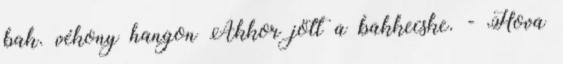
bak. vékony hangon Akkor jött a bakkecske. - Hova